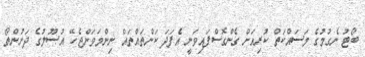
ބޯޓު ނެގުމުގެ މަސައްކަތް ކުރިއަށް ގެންގޮސްފައިވަނީ އެފަދަ ކަންތައްތައް ނިންމަވަންޖެހޭ އުޞޫލުގެ ދަށުންތޯ